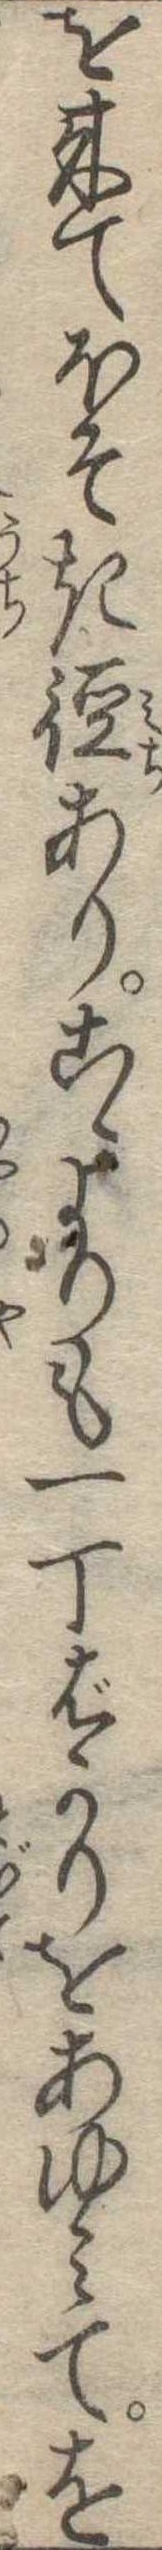
を来てほそき径ありこゝよりも一丁ばかりをあゆみてを